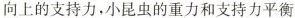
向上的支持力，小昆虫的重力和支持力平衡